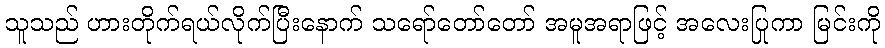
သူသည် ဟားတိုက်ရယ်လိုက်ပြီးနောက် သရော်တော်တော် အမူအရာဖြင့် အလေးပြုကာ မြင်းကို